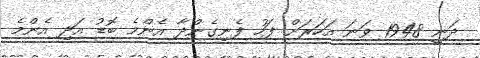
ދަނީ 1948 ވަނަ އަހަރަށް ފަހު ފެނިގެންދާ އެންމެ ބޮޑު އަދި އެންމެ